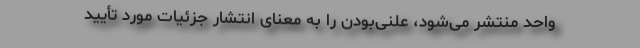
واحد منتشر می‌شود، علنی‌بودن را به معنای انتشار جزئیات مورد تأیید